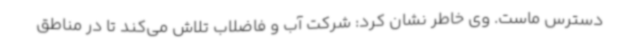
دسترس ماست. وی خاطر نشان کرد: شرکت آب و فاضلاب تلاش می‌کند تا در مناطق